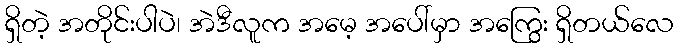
ရှိတဲ့ အတိုင်းပါပဲ၊ အဲဒီလူက အမေ့ အပေါ်မှာ အကြွေး ရှိတယ်လေ